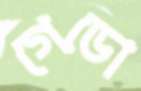
গেডো